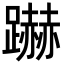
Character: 𮜜